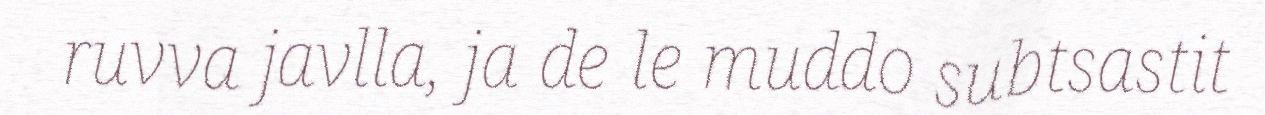
ruvva javlla, ja de le muddo subtsastit